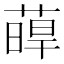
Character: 𦸋